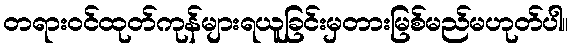
တရားဝင်ထုတ်ကုန်များရယူခြင်းမှတားမြစ်မည်မဟုတ်ပါ။